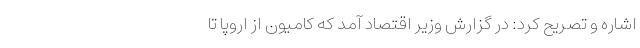
اشاره و تصریح کرد: در گزارش وزیر اقتصاد آمد که کامیون از اروپا تا